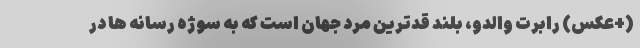
(+عکس) رابرت والدو، بلند قدترین مرد جهان است که به سوژه رسانه ها در